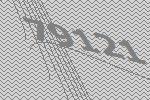
79121